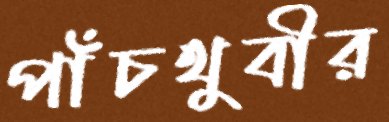
পাঁচথুবীর